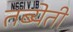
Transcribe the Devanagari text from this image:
तब्येती